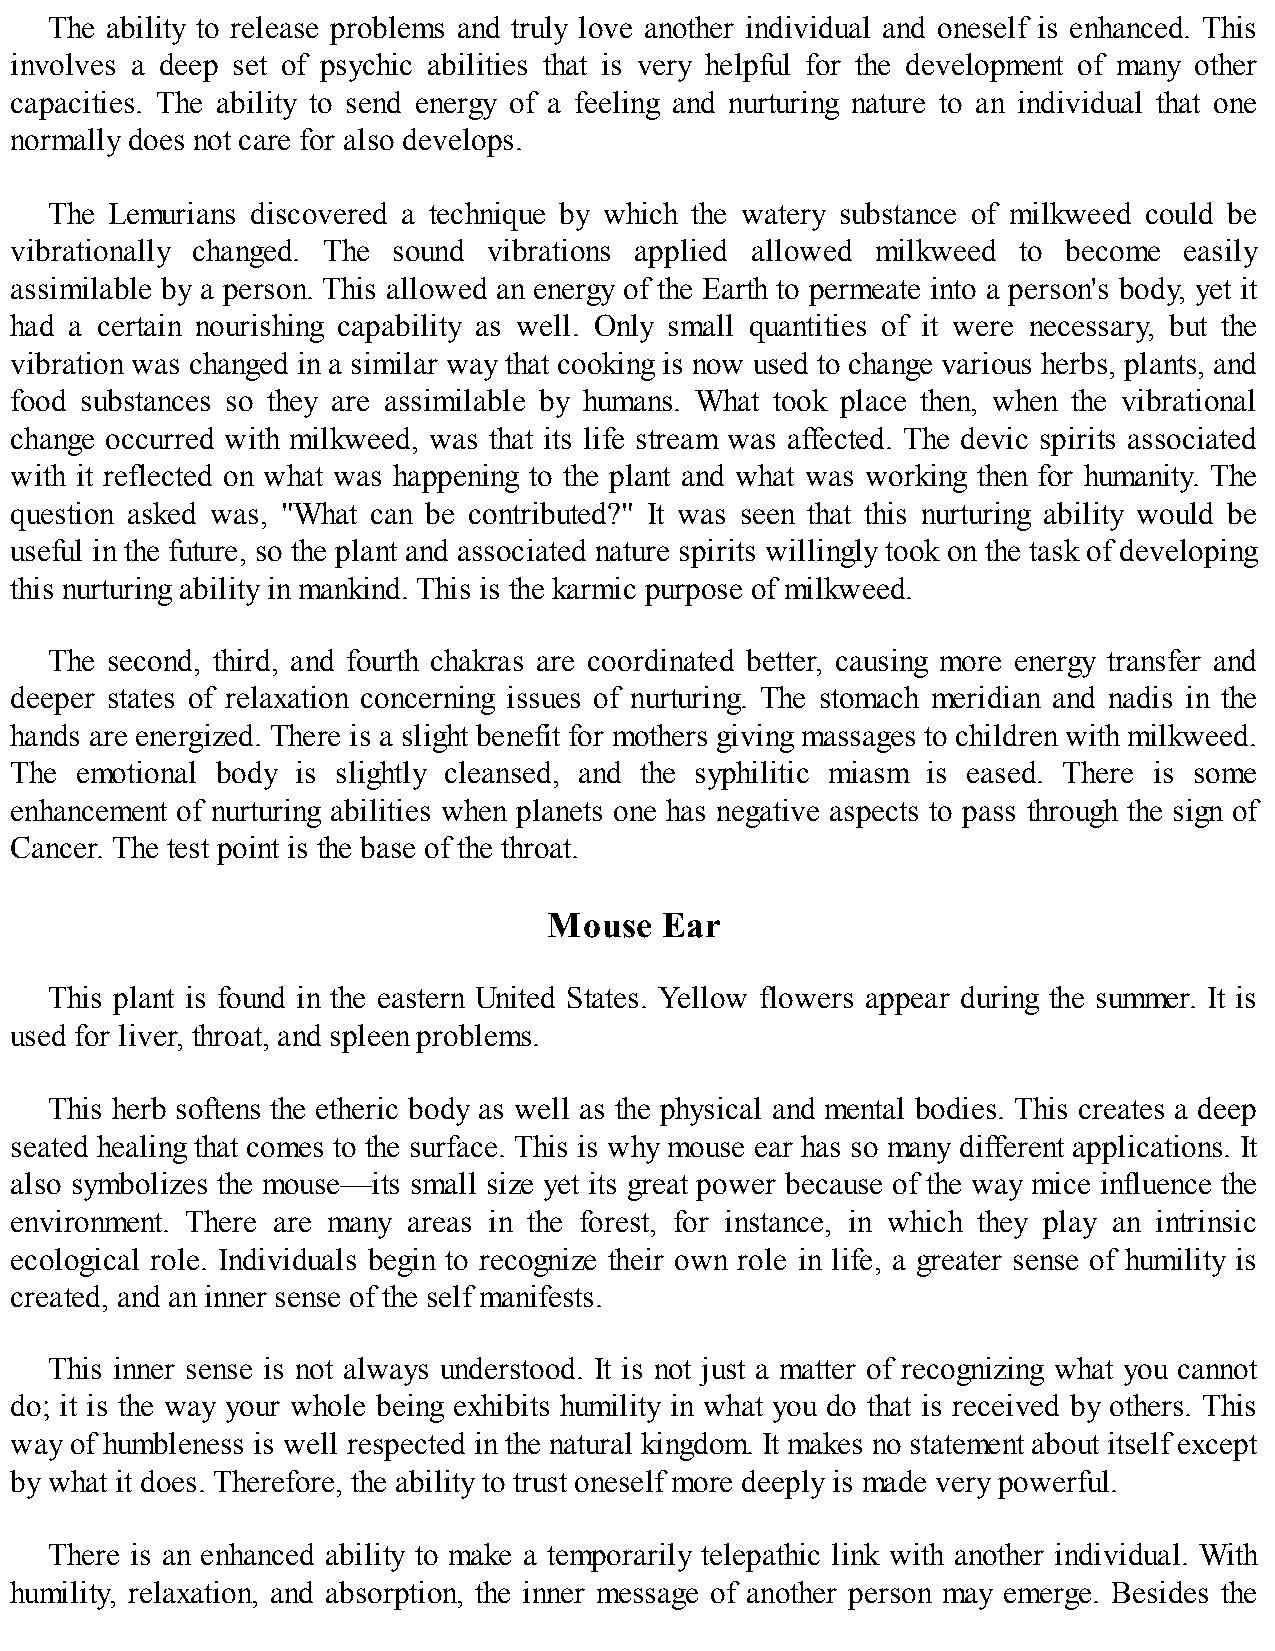
The ability to release problems and truly love another individual and oneself is enhanced. This
 involves a deep set of psychic abilities that is very helpful for the development of many other
 capacities. The ability to send energy of a feeling and nurturing nature to an individual that one
 normally does not care for also develops.
 The Lemurians discovered a technique by which the watery substance of milkweed could be
 vibrationally changed. The sound vibrations applied allowed milkweed to become easily
 assimilable by a person. This allowed an energy of the Earth to permeate into a person's body, yet it
 had a certain nourishing capability as well. Only small quantities of it were necessary, but the
 vibration was changed in a similar way that cooking is now used to change various herbs, plants, and
 food substances so they are assimilable by humans. What took place then, when the vibrational
 change occurred with milkweed, was that its life stream was affected. The devic spirits associated
 with it reflected on what was happening to the plant and what was working then for humanity. The
 question asked was, "What can be contributed?" It was seen that this nurturing ability would be
 useful in the future, so the plant and associated nature spirits willingly took on the task of developing
 this nurturing ability in mankind. This is the karmic purpose of milkweed.
 The second, third, and fourth chakras are coordinated better, causing more energy transfer and
 deeper states of relaxation concerning issues of nurturing. The stomach meridian and nadis in the
 hands are energized. There is a slight benefit for mothers giving massages to children with milkweed.
 The emotional body is slightly cleansed, and the syphilitic miasm is eased. There is some
 enhancement of nurturing abilities when planets one has negative aspects to pass through the sign of
 Cancer. The test point is the base of the throat.
 Mouse   Ear
 This plant is found in the eastern United States. Yellow flowers appear during the summer. It is
 used for liver, throat, and spleen problems.
 This herb softens the etheric body as well as the physical and mental bodies. This creates a deep
 seated healing that comes to the surface. This is why mouse ear has so many different applications. It
 also symbolizes the mouse—its small size yet its great power because of the way mice influence the
 environment. There are many areas in the forest, for instance, in which they play an intrinsic
 ecological role. Individuals begin to recognize their own role in life, a greater sense of humility is
 created, and an inner sense of the self manifests.
 This inner sense is not always understood. It is not just a matter of recognizing what you cannot
 do; it is the way your whole being exhibits humility in what you do that is received by others. This
 way of humbleness is well respected in the natural kingdom. It makes no statement about itself except
 by what it does. Therefore, the ability to trust oneself more deeply is made very powerful.
 There is an enhanced ability to make a temporarily telepathic link with another individual. With
 humility, relaxation, and absorption, the inner message of another person may emerge. Besides the